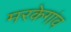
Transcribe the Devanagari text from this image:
मरकेगांव